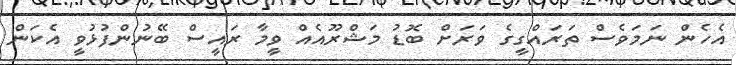
އެހެން ނަމަވެސް ތަރައްގީގެ ވަރަށް ބޮޑު މަޝްރޫއެއް ވީމާ ރައީސް ބޭނުންފުޅުވީ އެކަން